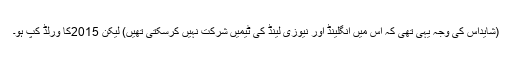
(شایداس کی وجہ یہی تھی کہ اس میں انگلینڈ اور نیوزی لینڈ کی ٹیمیں شرکت نہیں کرسکتی تھیں) لیکن 2015کا ورلڈ کپ ہو۔